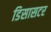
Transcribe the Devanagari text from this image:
डिसासटर